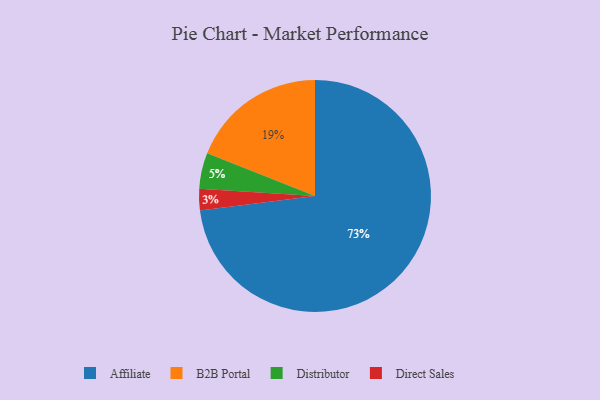
{"axis": {"x": "Category", "y": "Percentage"}, "legend": ["Affiliate", "B2B Portal", "Direct Sales", "Distributor"], "data": [{"x": "Distributor", "y": 5, "type": "Distributor"}, {"x": "Direct Sales", "y": 3, "type": "Direct Sales"}, {"x": "B2B Portal", "y": 19, "type": "B2B Portal"}, {"x": "Affiliate", "y": 73, "type": "Affiliate"}]}